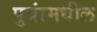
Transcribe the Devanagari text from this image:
पुत्रांमधील